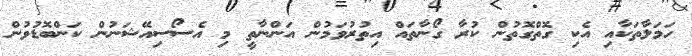
ހަމަލާތަކާއި އެކި ގޮތްގޮތުން ކުރާ ގޯނާތައް އިތުރުވަމުން އަންނާތީ މި އެސޯސިއޭޝަނުން ކަންބޮޑުވުން